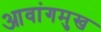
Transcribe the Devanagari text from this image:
आवांगमुख